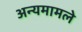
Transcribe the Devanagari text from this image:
अन्यमामले